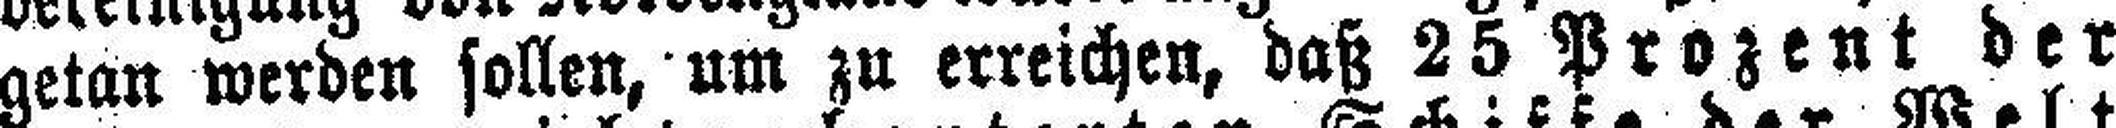
getan werden sollen, um zu erreichen, daß 25 Prozent der